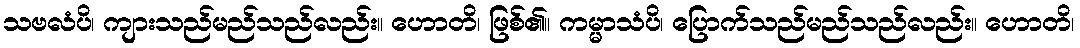
သဗလံပိ၊ ကျားသည်မည်သည်လည်း။ ဟောတိ၊ ဖြစ်၏။ ကမ္မာသံပိ၊ ပြောက်သည်မည်သည်လည်း။ ဟောတိ၊